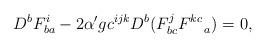
LaTeX: \begin{align*}D^bF^i_{ba} - 2\alpha'g c^{ijk}D^b(F^j_{bc}F^{kc}_{~~~a})=0,\end{align*}